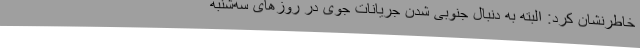
خاطرنشان کرد: البته به دنبال جنوبی شدن جریانات جوی در روزهای سه‌شنبه